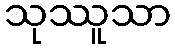
သုဿူသာ